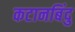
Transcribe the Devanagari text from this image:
कटानबिंदु